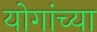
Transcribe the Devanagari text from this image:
योगांच्या